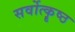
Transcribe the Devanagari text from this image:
सर्वोत्कॄष्ठ